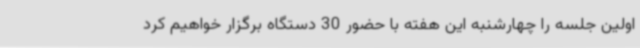
اولین جلسه را چهارشنبه این هفته با حضور 30 دستگاه برگزار خواهیم کرد